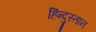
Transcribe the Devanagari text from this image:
हिंन्दुस्तान